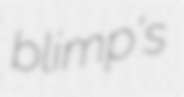
blimp's